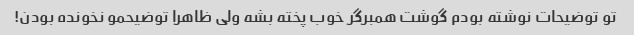
تو توضیحات نوشته بودم گوشت همبرگر خوب پخته بشه ولی ظاهرا توضیحمو نخونده بودن!